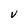
Character: V